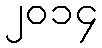
၂၀၁၄